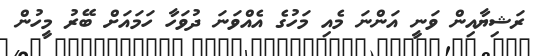
ރަޝިޔާއިން ވަނީ އަންނަ މެއި މަހުގެ އެއްވަނަ ދުވަހާ ހަމައަށް ބޭރު މީހުން